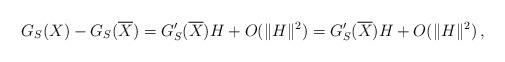
LaTeX: \begin{align*}G_{S}(X)-G_{S}(\overline{X})=G'_{S}(\overline{X})H+O(\|H\|^{2})=G_S'(\overline{X})H+O(\|H\|^{2})\,,\end{align*}